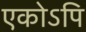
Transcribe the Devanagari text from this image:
एकोऽपि